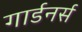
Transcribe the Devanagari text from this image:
गार्डनर्स